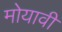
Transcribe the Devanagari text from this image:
मोयावी